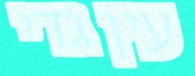
עין גדי